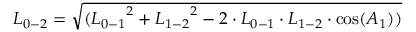
{ L _ { 0 - 2 } } = \sqrt { ( { L _ { 0 - 1 } } ^ { 2 } + { L _ { 1 - 2 } } ^ { 2 } - 2 \cdot { L _ { 0 - 1 } } \cdot { L _ { 1 - 2 } } \cdot \cos ( { A _ { 1 } } ) ) }